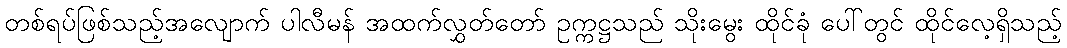
တစ်ရပ်ဖြစ်သည့်အလျောက် ပါလီမန် အထက်လွှတ်တော် ဥက္ကဋ္ဌသည် သိုးမွေး ထိုင်ခုံ ပေါ်တွင် ထိုင်လေ့ရှိသည့်